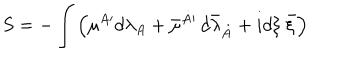
S = - \int \left( { \mu } { } ^ { A \prime } d \lambda _ { A } + \bar { \mu } { } ^ { \dot { A } \prime } \, d { \bar { \lambda } } _ { \dot { A } } + i d { \xi } ~ \bar { \xi } \right)